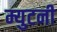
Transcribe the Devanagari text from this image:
म्युटनी